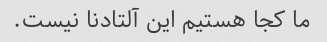
ما کجا هستیم این آلتادنا نیست.